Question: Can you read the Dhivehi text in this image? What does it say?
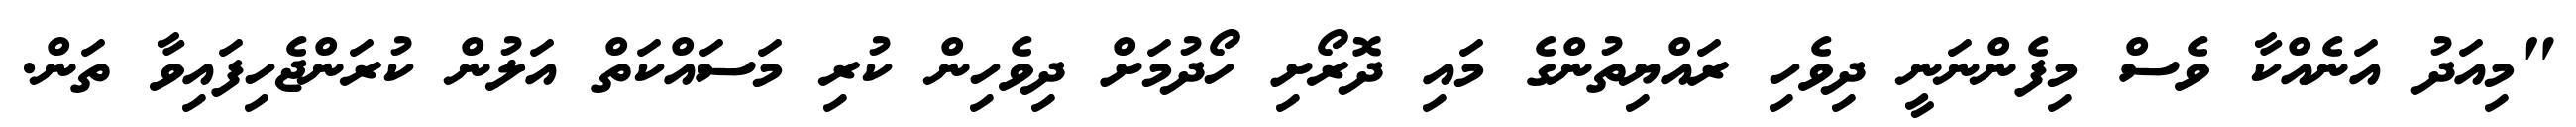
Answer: "މިއަދު އަނެއްކާ ވެސް މިފެންނަނީ ދިވެހި ރައްޔިތުންގެ މައި ދޮރޯށި ހޯދުމަށް ދިވެހިން ކުރި މަސައްކަތް އަލުން ކުރަންޖެހިފައިވާ ތަން.